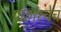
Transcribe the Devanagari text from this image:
प्रकारचेच